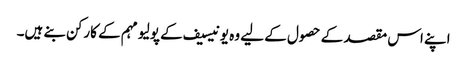
اپنے اس مقصد کے حصول کے لیے وہ یونیسیف کے پولیو مہم کے کارکن بنے ہیں۔